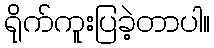
ရိုက်ကူးပြခဲ့တာပါ။